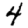
Digit: 4